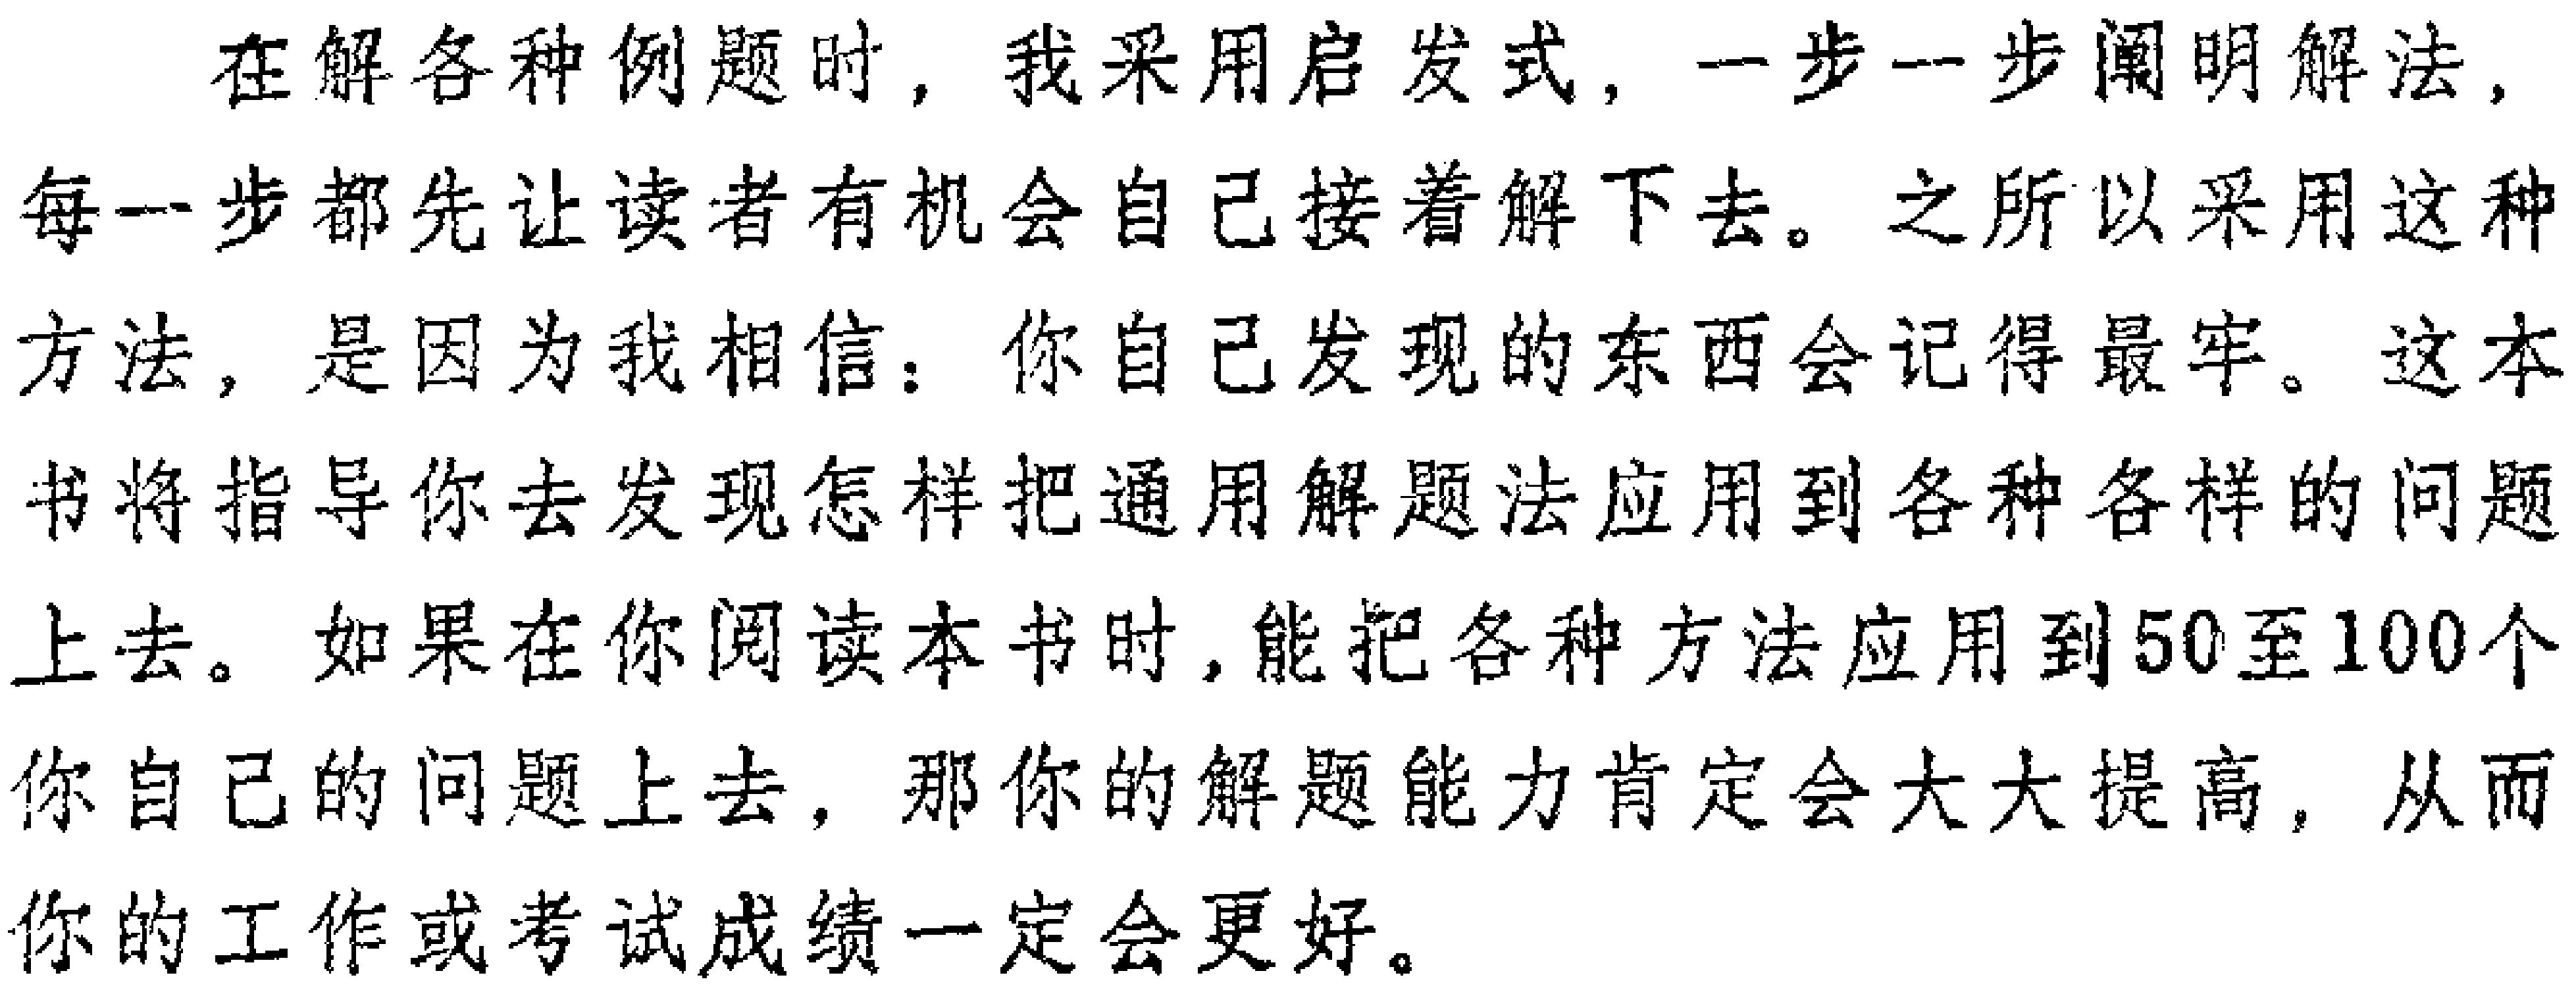
在解各种例题时，我采用启发式，一步一步阐明解法，每一步都先让读者有机会自己接着解下去。之所以采用这种方法，是因为我相信：你自己发现的东西会记得最牢。这本书将指导你去发现怎样把通用解题法应用到各种各样的问题上去。如果在你阅读本书时，能把各种方法应用到50至100个你自己的问题上去，那你的解题能力肯定会大大提高，从而你的工作或考试成绩一定会更好。